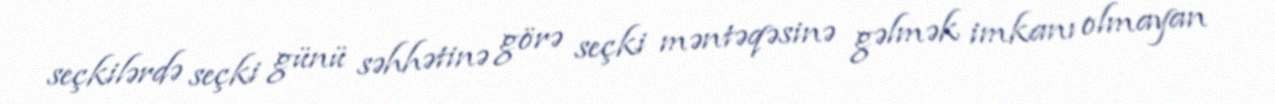
seçkilərdə seçki günü səhhətinə görə seçki məntəqəsinə gəlmək imkanı olmayan